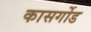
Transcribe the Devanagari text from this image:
कासर्गोड